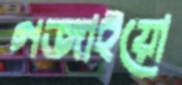
গজাইয়ো